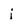
Character: i